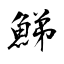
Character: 鮷